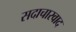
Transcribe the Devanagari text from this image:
सदाचारवाद